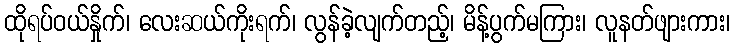
ထိုရပ်ဝယ်နှိုက်၊ လေးဆယ်ကိုးရက်၊ လွန်ခဲ့လျက်တည့်၊ မိန့်ပွက်မကြား၊ လူနတ်ဖျားကား၊